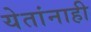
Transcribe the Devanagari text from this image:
येतांनाही